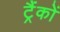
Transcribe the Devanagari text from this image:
ट्रैंकों